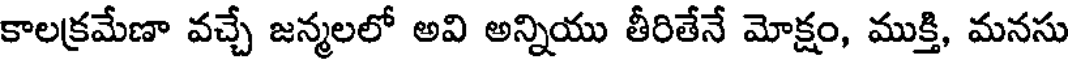
కాలక్రమేణా వచ్చే జన్మలలో అవి అన్నియు తీరితేనే మోక్షం, ముక్తి, మనసు